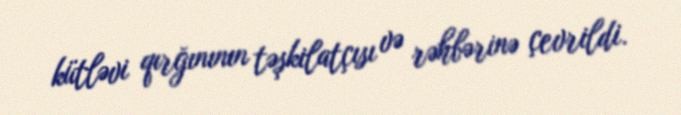
kütləvi qırğınının təşkilatçısı və rəhbərinə çevrildi.